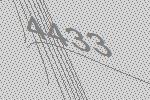
4433